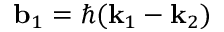
\mathbf { b } _ { 1 } = \hbar ( \mathbf { k } _ { 1 } - \mathbf { k } _ { 2 } )